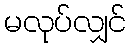
မလုပ်လျှင်